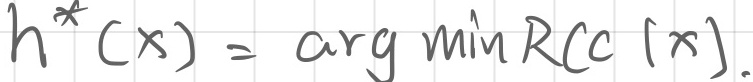
\[h^*(x)=\arg\min R(c|x).\]